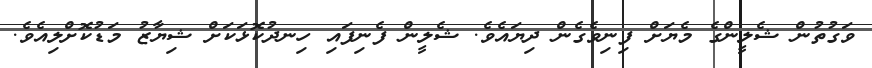
ވަގުތުން ޝެލީންގެ މެޔަށް ފިނިވެގެން ދިޔައެވެ. ޝެލީން ފެނިފައި ހިނދުކޮޅަކަށް ޝިޔާޒު މަޑުކޮށްލިއެވެ.